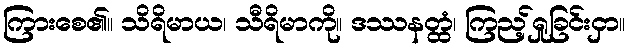
ကြားစေ၏။ သိရိမာယ၊ သီရိမာကို။ ဒဿနတ္ထံ၊ ကြည့်ရှုခြင်းငှာ။